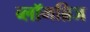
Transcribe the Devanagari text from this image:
ब्लॉगब्रिज